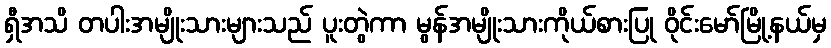
ရှီအသိ တပါးအမျိုးသားများသည် ပူးတွဲကာ မွန်အမျိုးသားကိုယ်စားပြု ဝိုင်းမော်မြို့နယ်မှ